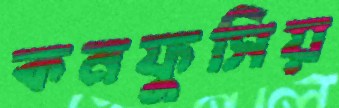
কনফুসিয়